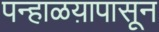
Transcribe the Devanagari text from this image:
पन्हाळय़ापासून